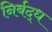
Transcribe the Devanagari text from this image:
निर्बद्ध